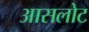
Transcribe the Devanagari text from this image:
आसलोट